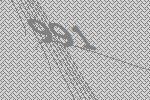
991